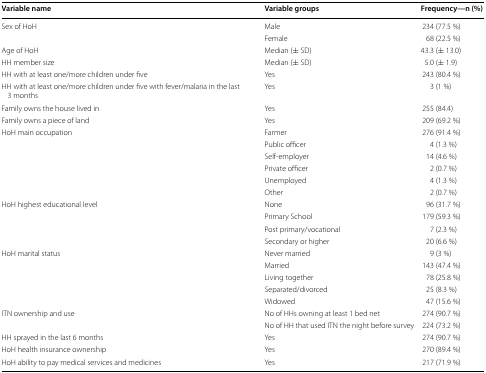
| Variable name | Variable groups | Frequency—n (%) |
 | --- | --- | --- |
 | <ROWSPAN=2> Sex of HoH | Male | 234 (77.5 %) |
 | Female | 68 (22.5 %) |
 | Age of HoH | Median (± SD) | 43.3 (± 13.0) |
 | HH member size | Median (± SD) | 5.0 (± 1.9) |
 | HH with at least one/more children under five | Yes | 243 (80.4 %) |
 | HH with at least one/more children under five with fever/malaria in the last 3 months | Yes | 3 (1 %) |
 | Family owns the house lived in | Yes | 255 (84.4) |
 | Family owns a piece of land | Yes | 209 (69.2 %) |
 | <ROWSPAN=6> HoH main occupation | Farmer | 276 (91.4 %) |
 | Public officer | 4 (1.3 %) |
 | Self-employer | 14 (4.6 %) |
 | Private officer | 2 (0.7 %) |
 | Unemployed | 4 (1.3 %) |
 | Other | 2 (0.7 %) |
 | <ROWSPAN=4> HoH highest educational level | None | 96 (31.7 %) |
 | Primary School | 179 (59.3 %) |
 | Post primary/vocational | 7 (2.3 %) |
 | Secondary or higher | 20 (6.6 %) |
 | <ROWSPAN=5> HoH marital status | Never married | 9 (3 %) |
 | Married | 143 (47.4 %) |
 | Living together | 78 (25.8 %) |
 | Separated/divorced | 25 (8.3 %) |
 | Widowed | 47 (15.6 %) |
 | <ROWSPAN=2> ITN ownership and use | No of HHs owning at least 1 bed net | 274 (90.7 %) |
 | No of HH that used ITN the night before survey | 224 (73.2 %) |
 | HH sprayed in the last 6 months | Yes | 274 (90.7 %) |
 | HoH health insurance ownership | Yes | 270 (89.4 %) |
 | HoH ability to pay medical services and medicines | Yes | 217 (71.9 %) |